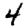
Digit: 4